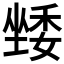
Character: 𭏯